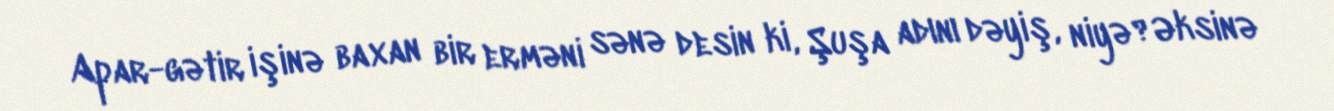
Apar-gətir işinə baxan bir erməni sənə desin ki, Şuşa adını dəyiş, niyə?Əksinə